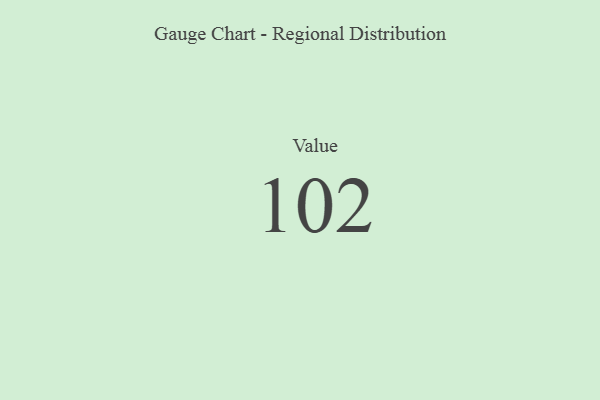
{"axis": {"x": "Metric", "y": "Value"}, "legend": [""], "data": [{"x": "Value", "y": 102, "type": ""}]}